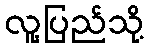
လူ့ပြည်သို့